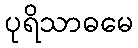
ပုရိသာဓမေ